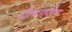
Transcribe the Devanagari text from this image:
औषड्यीय